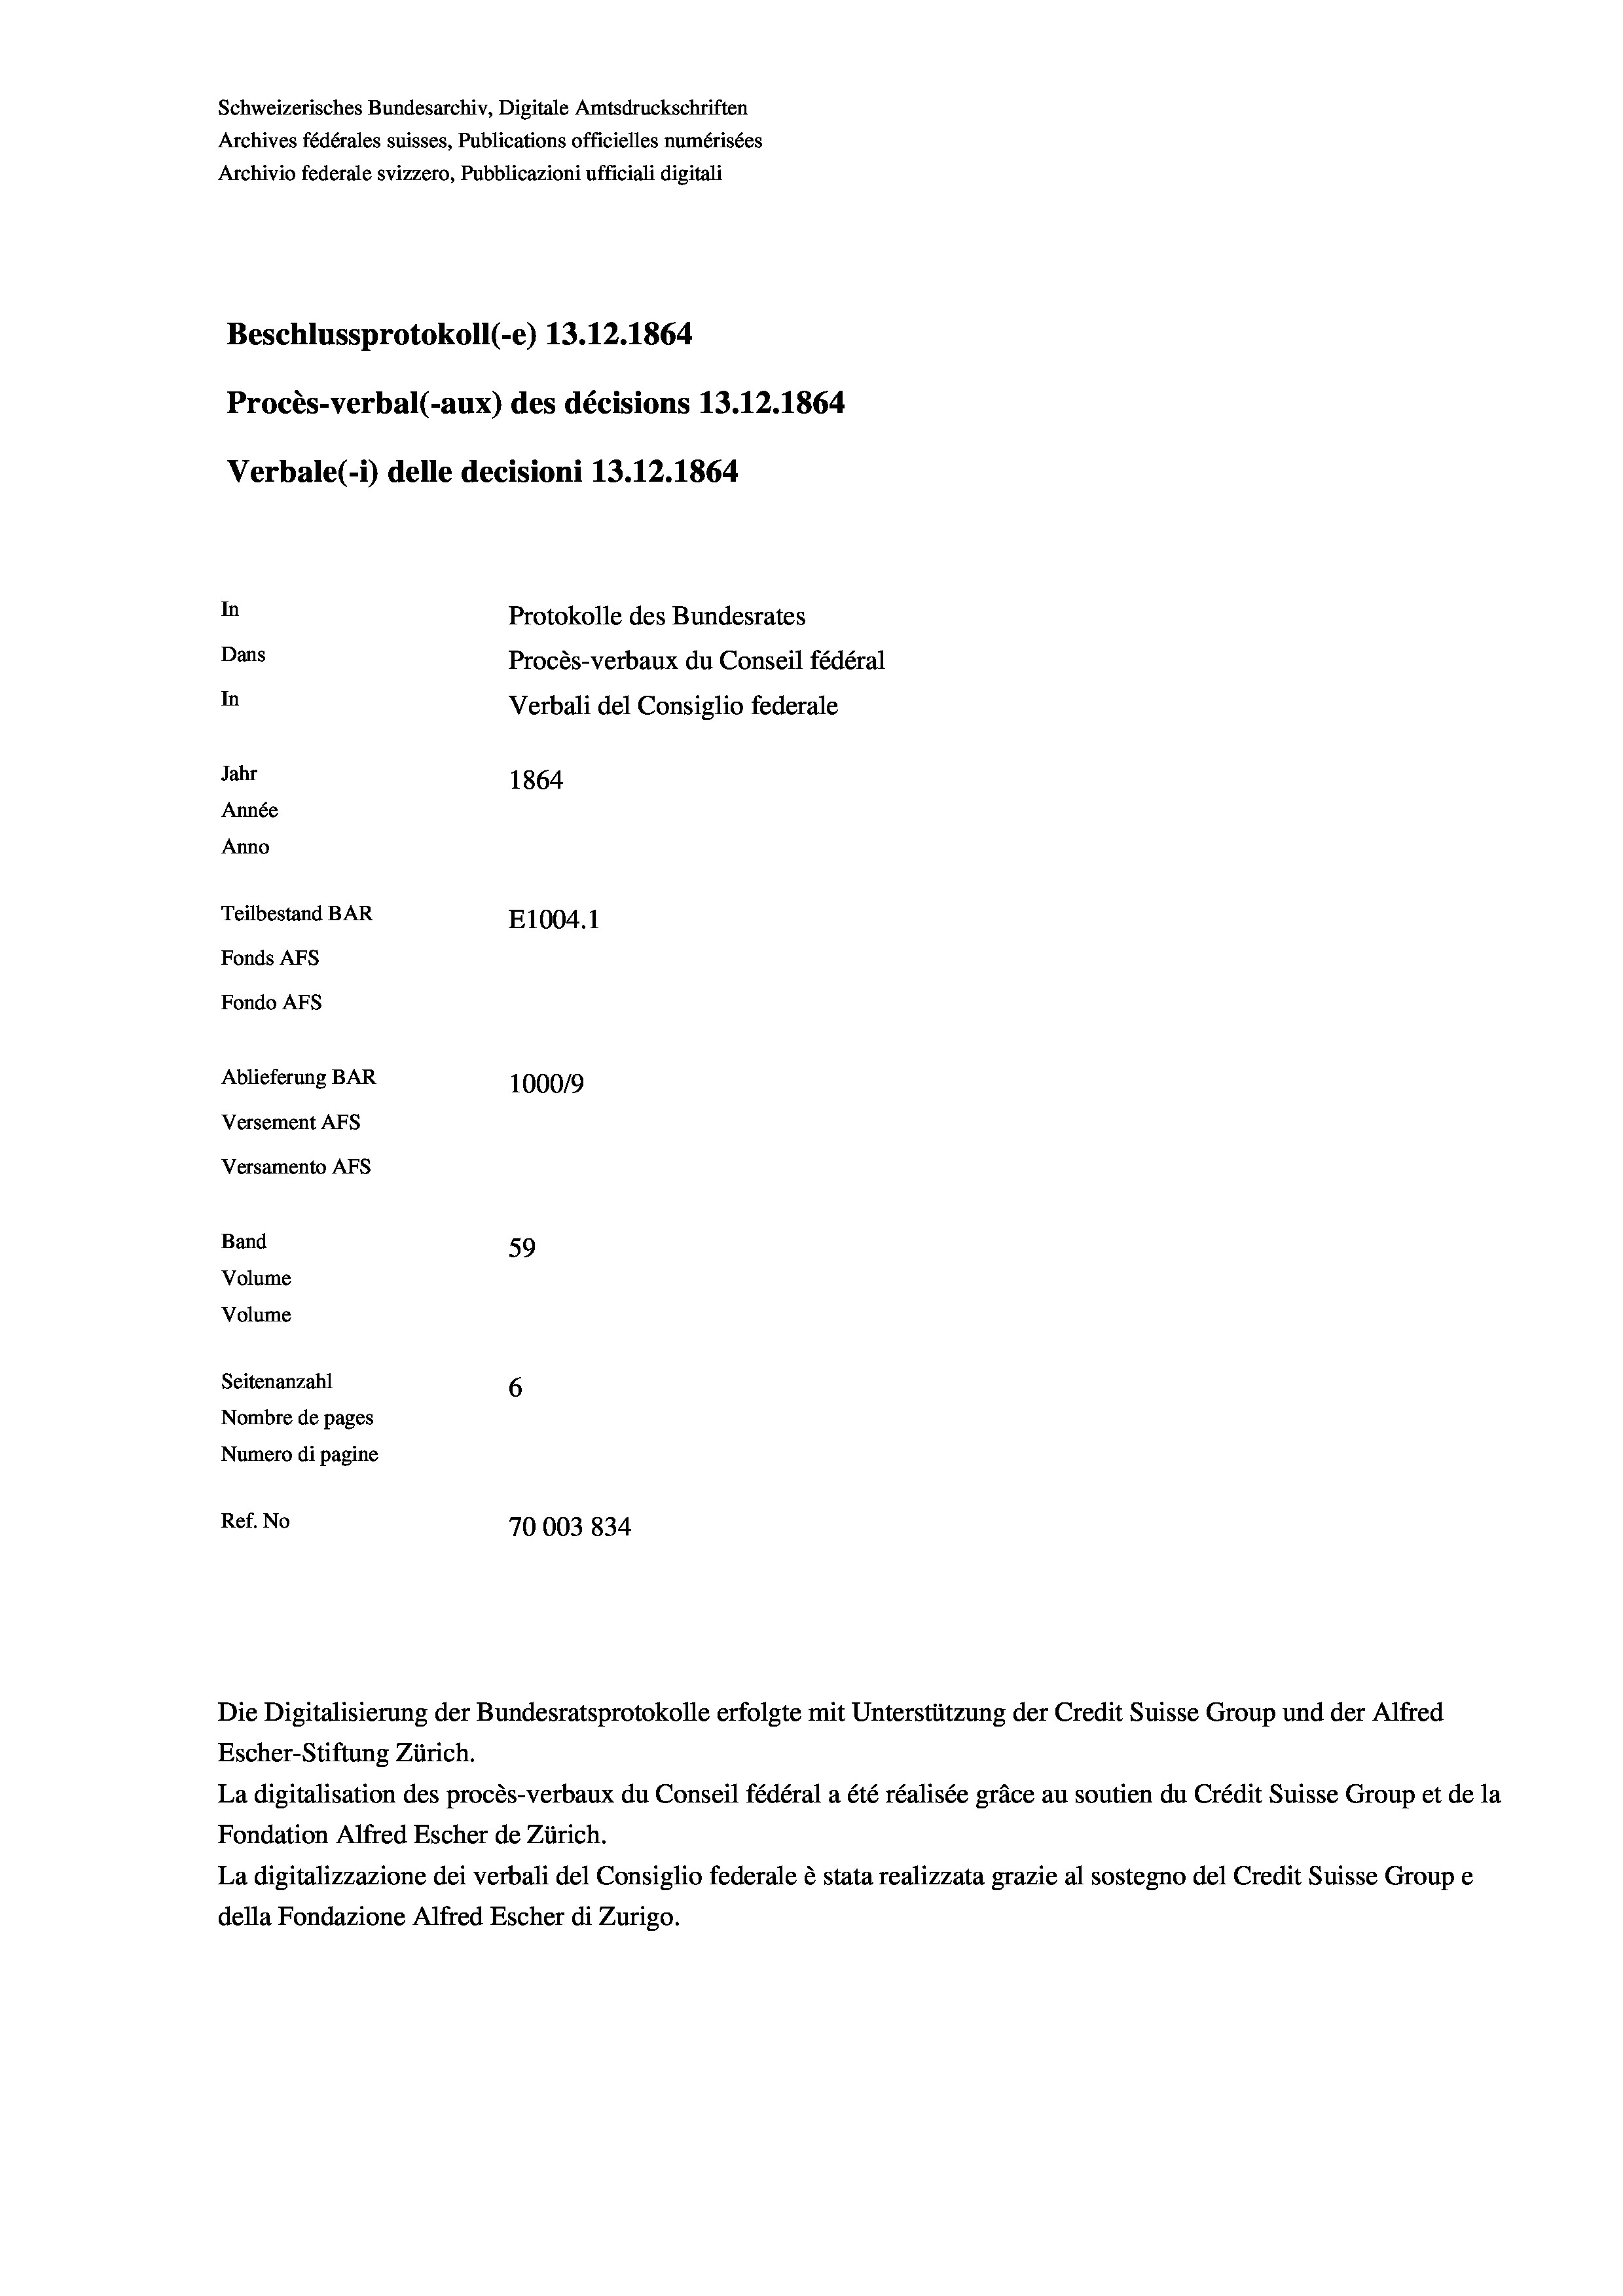
Schweizerisches Bundesarchiv, Digitale Amtsdruckschriften
Archives fédérales suisses, Publications officielles numérisées
Archivio federale svizzero, Pubblicazioni ufficiali digitali
Beschlussprotokoll (-e) 13.12.1864
Procès-verbal (-aux) des décisions 13.12.1864
Verbale (i) delle decisioni 13.12.1864
In
Protokolle des Bundesrates
Dans
Procès-verbaux du Conseil fédéral
In
Verbali del Consiglio federale
Jahr
1864
Année
Anno
Teilbestand BAR
E1004. 1
Fonds Afs
Fondo Afs
Ablieferung BAR
1000/9
Versement AFS
Versamento AFs
Band
59
Volume
Volume

Seitenanzahl
6
Nombre de pages
Numero di pagine
Ref. No
70003 834

Escher-Stiftung Zürich.
La digitalisation des procès-verbaux du Conseil fédéral a été réalisée gräce au soutien du Crédit Suisse Group et de la
Fondation Alfred Escher de Zürich.
La digitalizzazione dei verbali del Consiglio federale è stata realizzata grazie al sostegno del Credit Suisse Groupe
della Fondazione Alfred Escher di Zurigo.

Die Digitalisierung der Bundesratsprotokolle erfolgte mit Unterstützung der Credit Suisse Group und der Alfred